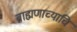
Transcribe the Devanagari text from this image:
ब्राह्मणाच्याचि